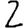
Digit: 2